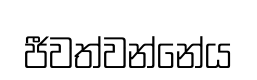
ජීවත්වන්නේය